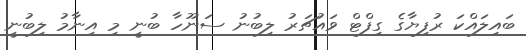
ބައިލައްކަ ރުފިޔާގެ ގިފްޓް ވައުޗަރު ލިބުނު ސަނޫހާ ބުނީ މި އިނާމު ލިބުނީ